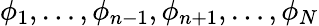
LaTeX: \phi_{1},\ldots,\phi_{n-1},\phi_{n+1},\ldots,\phi_{N}